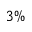
3 \%